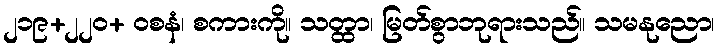
၂၁၉+၂၂၀+ ဝစနံ၊ စကားကို။ သတ္ထာ၊ မြတ်စွာဘုရားသည်။ သမနုညော၊